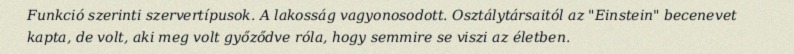
Funkció szerinti szervertípusok. A lakosság vagyonosodott. Osztálytársaitól az "Einstein" becenevet kapta, de volt, aki meg volt győződve róla, hogy semmire se viszi az életben.